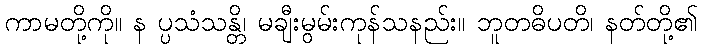
ကာမတို့ကို။ န ပ္ပသံသန္တိ၊ မချီးမွမ်းကုန်သနည်း။ ဘူတဓိပတိ၊ နတ်တို့၏